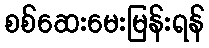
စစ်ဆေးမေးမြန်းရန်